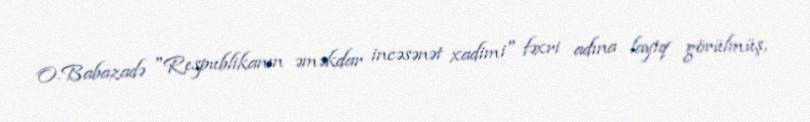
O.Babazadə "Respublikanın əməkdar incəsənət xadimi" fəxri adına layiq görülmüş,